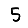
Digit: 5